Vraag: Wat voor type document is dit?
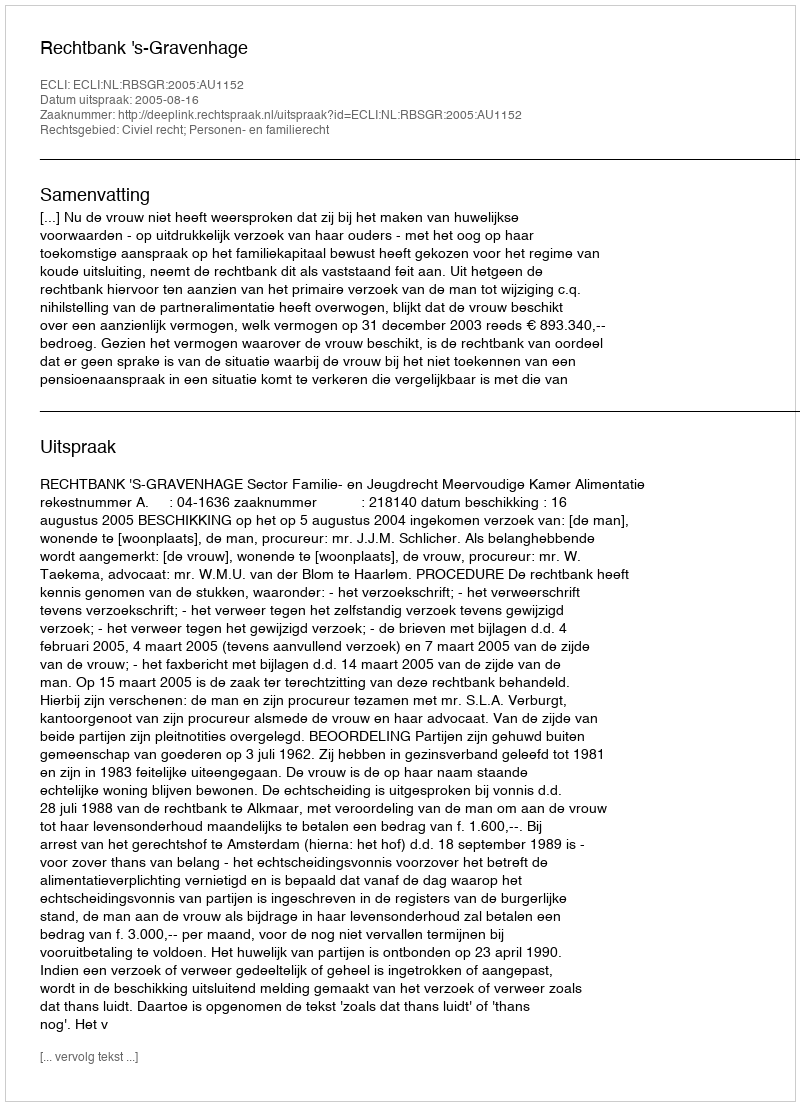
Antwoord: Uitspraak